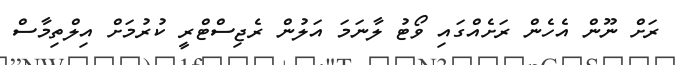
ރަށް ނޫން އެހެން ރަށެއްގައި ވޯޓު ލާނަމަ އަލުން ރެޖިސްޓްރީ ކުރުމަށް އިލްތިމާސް